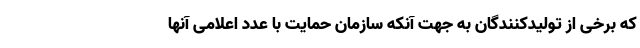
که برخی از تولیدکنندگان به جهت آنکه سازمان حمایت با عدد اعلامی آنها